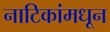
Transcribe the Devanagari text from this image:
नाटिकांमधून